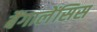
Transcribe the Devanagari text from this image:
बैंगालेंसिस